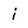
Character: j